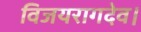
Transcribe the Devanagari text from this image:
विजयरागदेव।